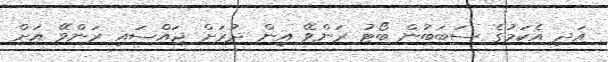
އަދި އެކަމުގެ ސަބަބުން ބޯޓު ރަންވޭ އިން ދުރަށް ޖައްސައި ރަންވޭ އަށް